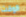
الوقت